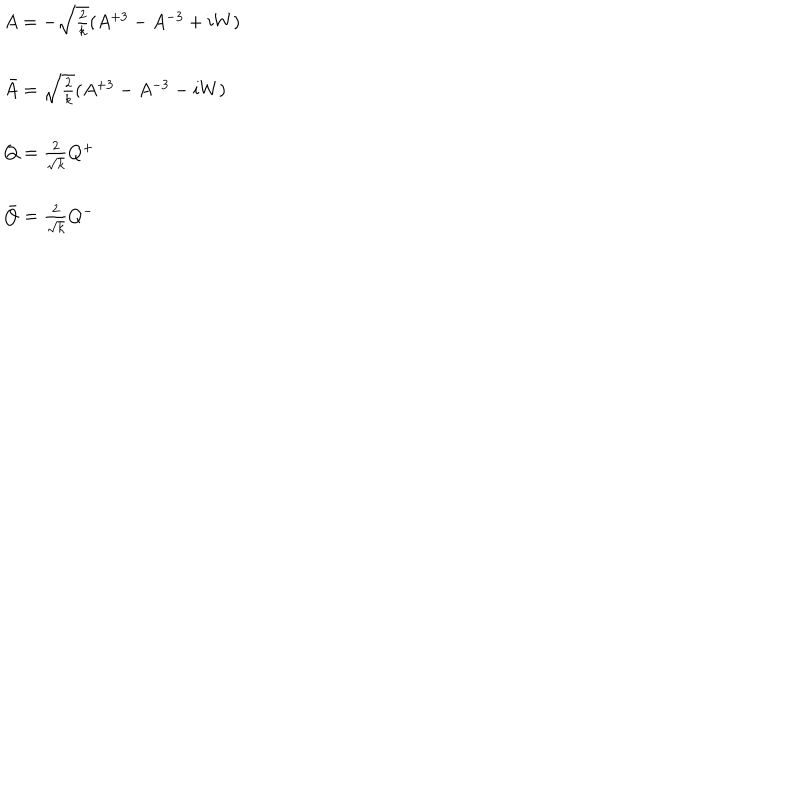
LaTeX: \begin{array} { l } { { A = - \sqrt { \frac { 2 } { k } } ( A ^ { + 3 } - A ^ { - 3 } + i W ) } } \\ { { \ } } \\ { { \bar { A } = \sqrt { \frac { 2 } { k } } ( A ^ { + 3 } - A ^ { - 3 } - i W ) } } \\ { { \ } } \\ { { Q = \frac { 2 } { \sqrt { k } } Q ^ { + } } } \\ { { \ } } \\ { { \bar { Q } = \frac { 2 } { \sqrt { k } } Q ^ { - } } } \\ \end{array}